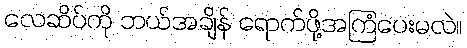
လေဆိပ်ကို ဘယ်အချိန် ရောက်ဖို့အကြံပေးမလဲ။